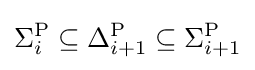
\Sigma _{i}^{\mathrm {P} }\subseteq \Delta _{i+1}^{\mathrm {P} }\subseteq \Sigma _{i+1}^{\mathrm {P} }